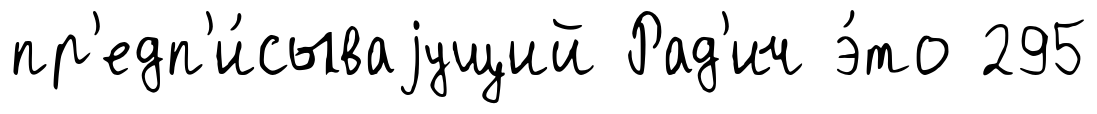
пр'едп'и́сываjущий Рад'ич э́то 295